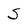
Character: S